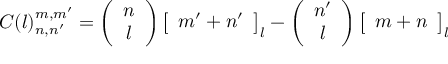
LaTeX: C ( l ) _ { n , n ^ { \prime } } ^ { m , m ^ { \prime } } = \left( \begin{array} { c c } { { n } } \\ { { l } } \end{array} \right) \left[ \begin{array} { c } { { m ^ { \prime } + n ^ { \prime } } } \end{array} \right] _ { l } - \left( \begin{array} { c c } { { n ^ { \prime } } } \\ { { l } } \end{array} \right) \left[ \begin{array} { c } { { m + n } } \end{array} \right] _ { l }